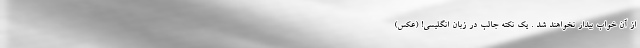
از آن خواب بیدار نخواهند شد . یک نکته جالب در زبان انگلیسی! (عکس)